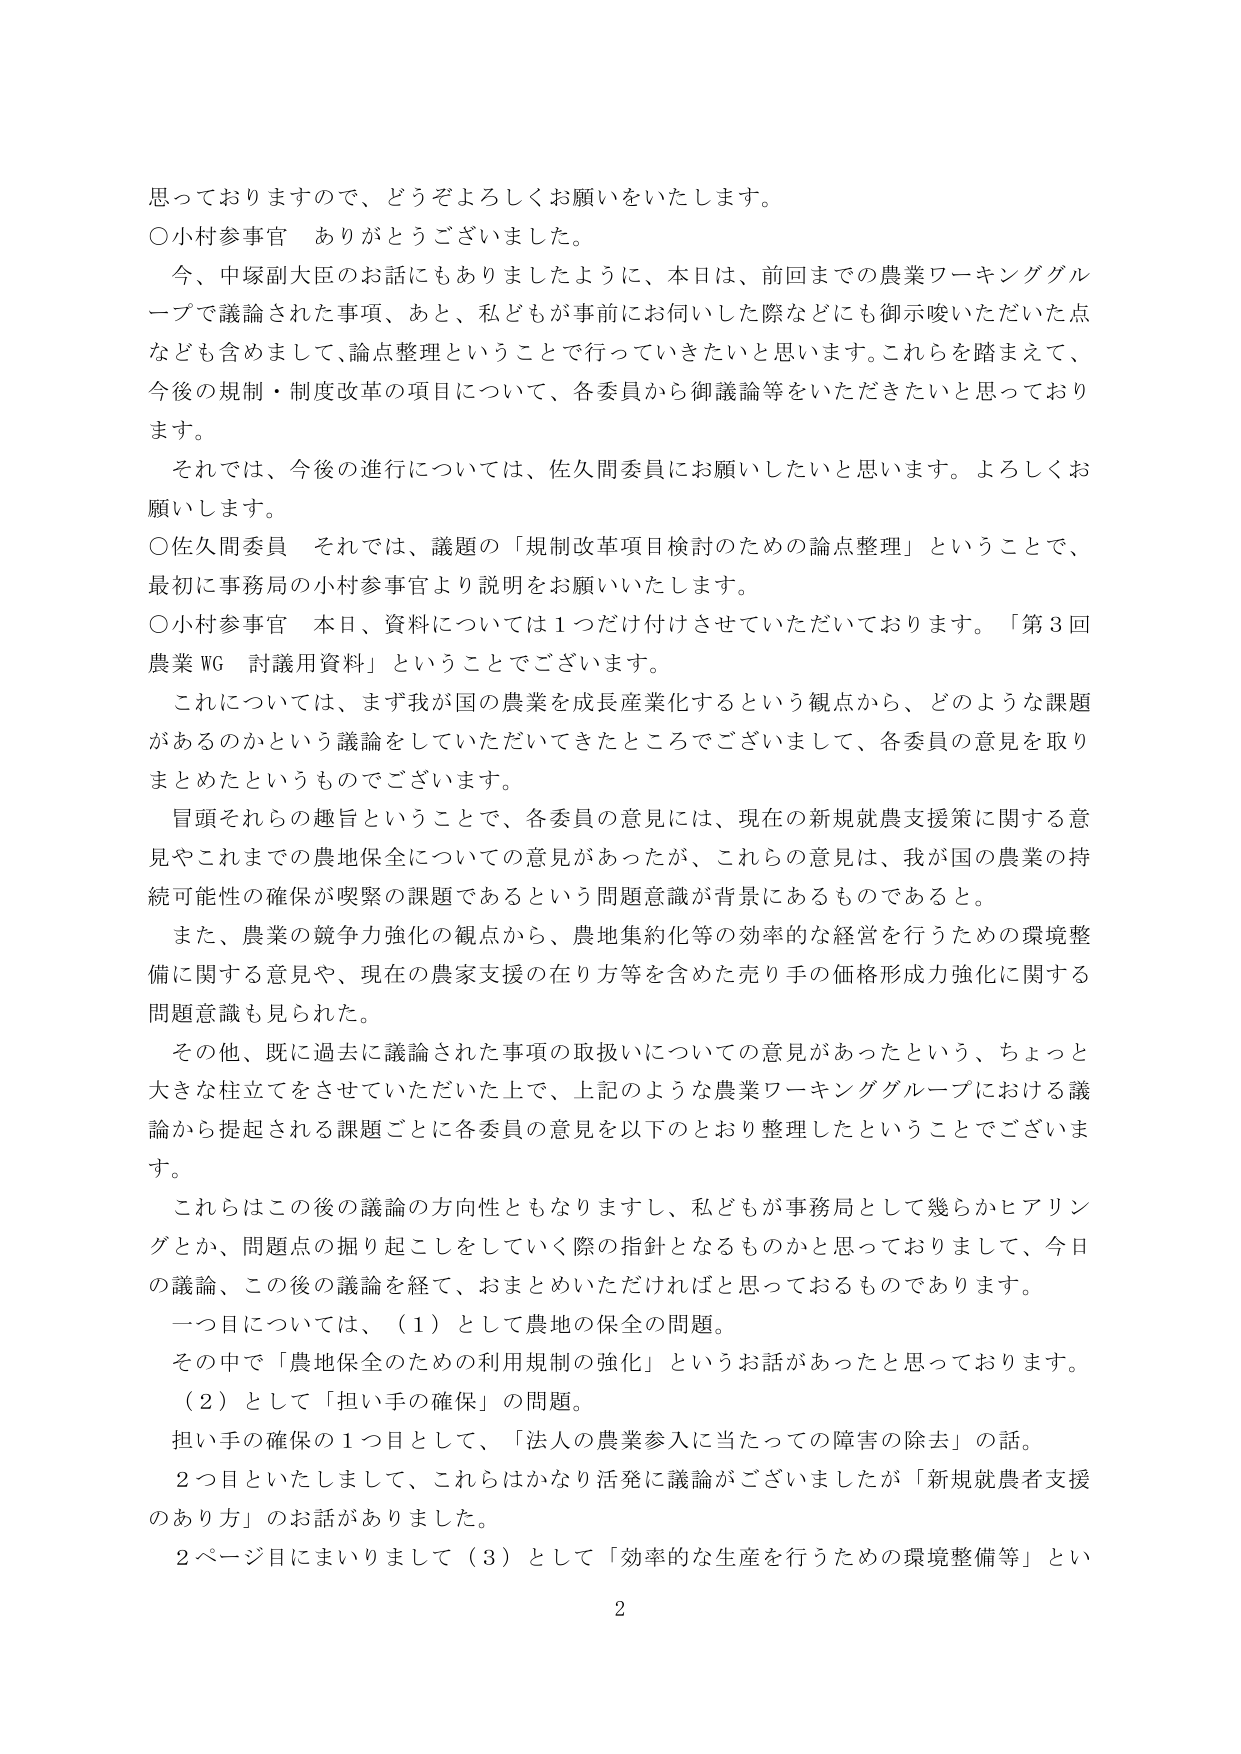
思っておりますので、どうぞよろしくお願いをいたします。
○小村参事官　ありがとうございました。
　今、中塚副大臣のお話にもありましたように、本日は、前回までの農業ワーキンググループで議論された事項、あと、私どもが事前にお伺いした際などにも御示唆いただいた点なども含めまして、論点整理ということで行っていきたいと思います。これらを踏まえて、今後の規制・制度改革の項目について、各委員から御議論等をいただきたいと思っております。
　それでは、今後の進行については、佐久間委員にお願いしたいと思います。よろしくお願いします。
○佐久間委員　それでは、議題の「規制改革項目検討のための論点整理」ということで、最初に事務局の小村参事官より説明をお願いいたします。
○小村参事官　本日、資料については１つだけ付けさせていただいております。「第３回農業WG 討議用資料」ということでございます。
　これについては、まず我が国の農業を成長産業化するという観点から、どのような課題があるのかという議論をしていただいてきたところでございまして、各委員の意見を取りまとめたというものです。
　冒頭それらの趣旨ということで、各委員の意見には、現在の新規就農支援策に関する意見やこれまでの農地保全についての意見があったが、これらの意見は、我が国の農業の持続可能性の確保が喫緊の課題であるという問題意識が背景にあるものであると。
　また、農業の競争力強化の観点から、農地集約化等の効率的な経営を行うための環境整備に関する意見や、現在の農家支援の在り方等を含めた売り手の価格形成力強化に関する問題意識も見られた。
　その他、既に過去に議論された事項の取扱いについての意見があったという、ちょっと大きな柱立てをさせていただいた上で、上記のような農業ワーキンググループにおける議論から提起される課題ごとに各委員の意見を以下のとおり整理したということでございます。
　これらはこの後の議論の方向性ともなりますし、私どもが事務局として幾らかヒアリングとか、問題点の掘り起こしをしていく際の指針となるものかと思っておりまして、今日の議論、この後の議論を経て、おまとめいただければと思っております。
　一つ目については、（１）として農地の保全の問題。
　その中で「農地保全のための利用規制の強化」というお話があったと思っております。
　（２）として「担い手の確保」の問題。
　担い手の確保の１つ目として、「法人の農業参入に当たっての障害の除去」の話。
　２つ目といたしまして、これらはかなり活発に議論がございましたが「新規就農者支援のあり方」のお話がありました。
　２ページ目にまいりまして（３）として「効率的な生産を行うための環境整備等」とい
2